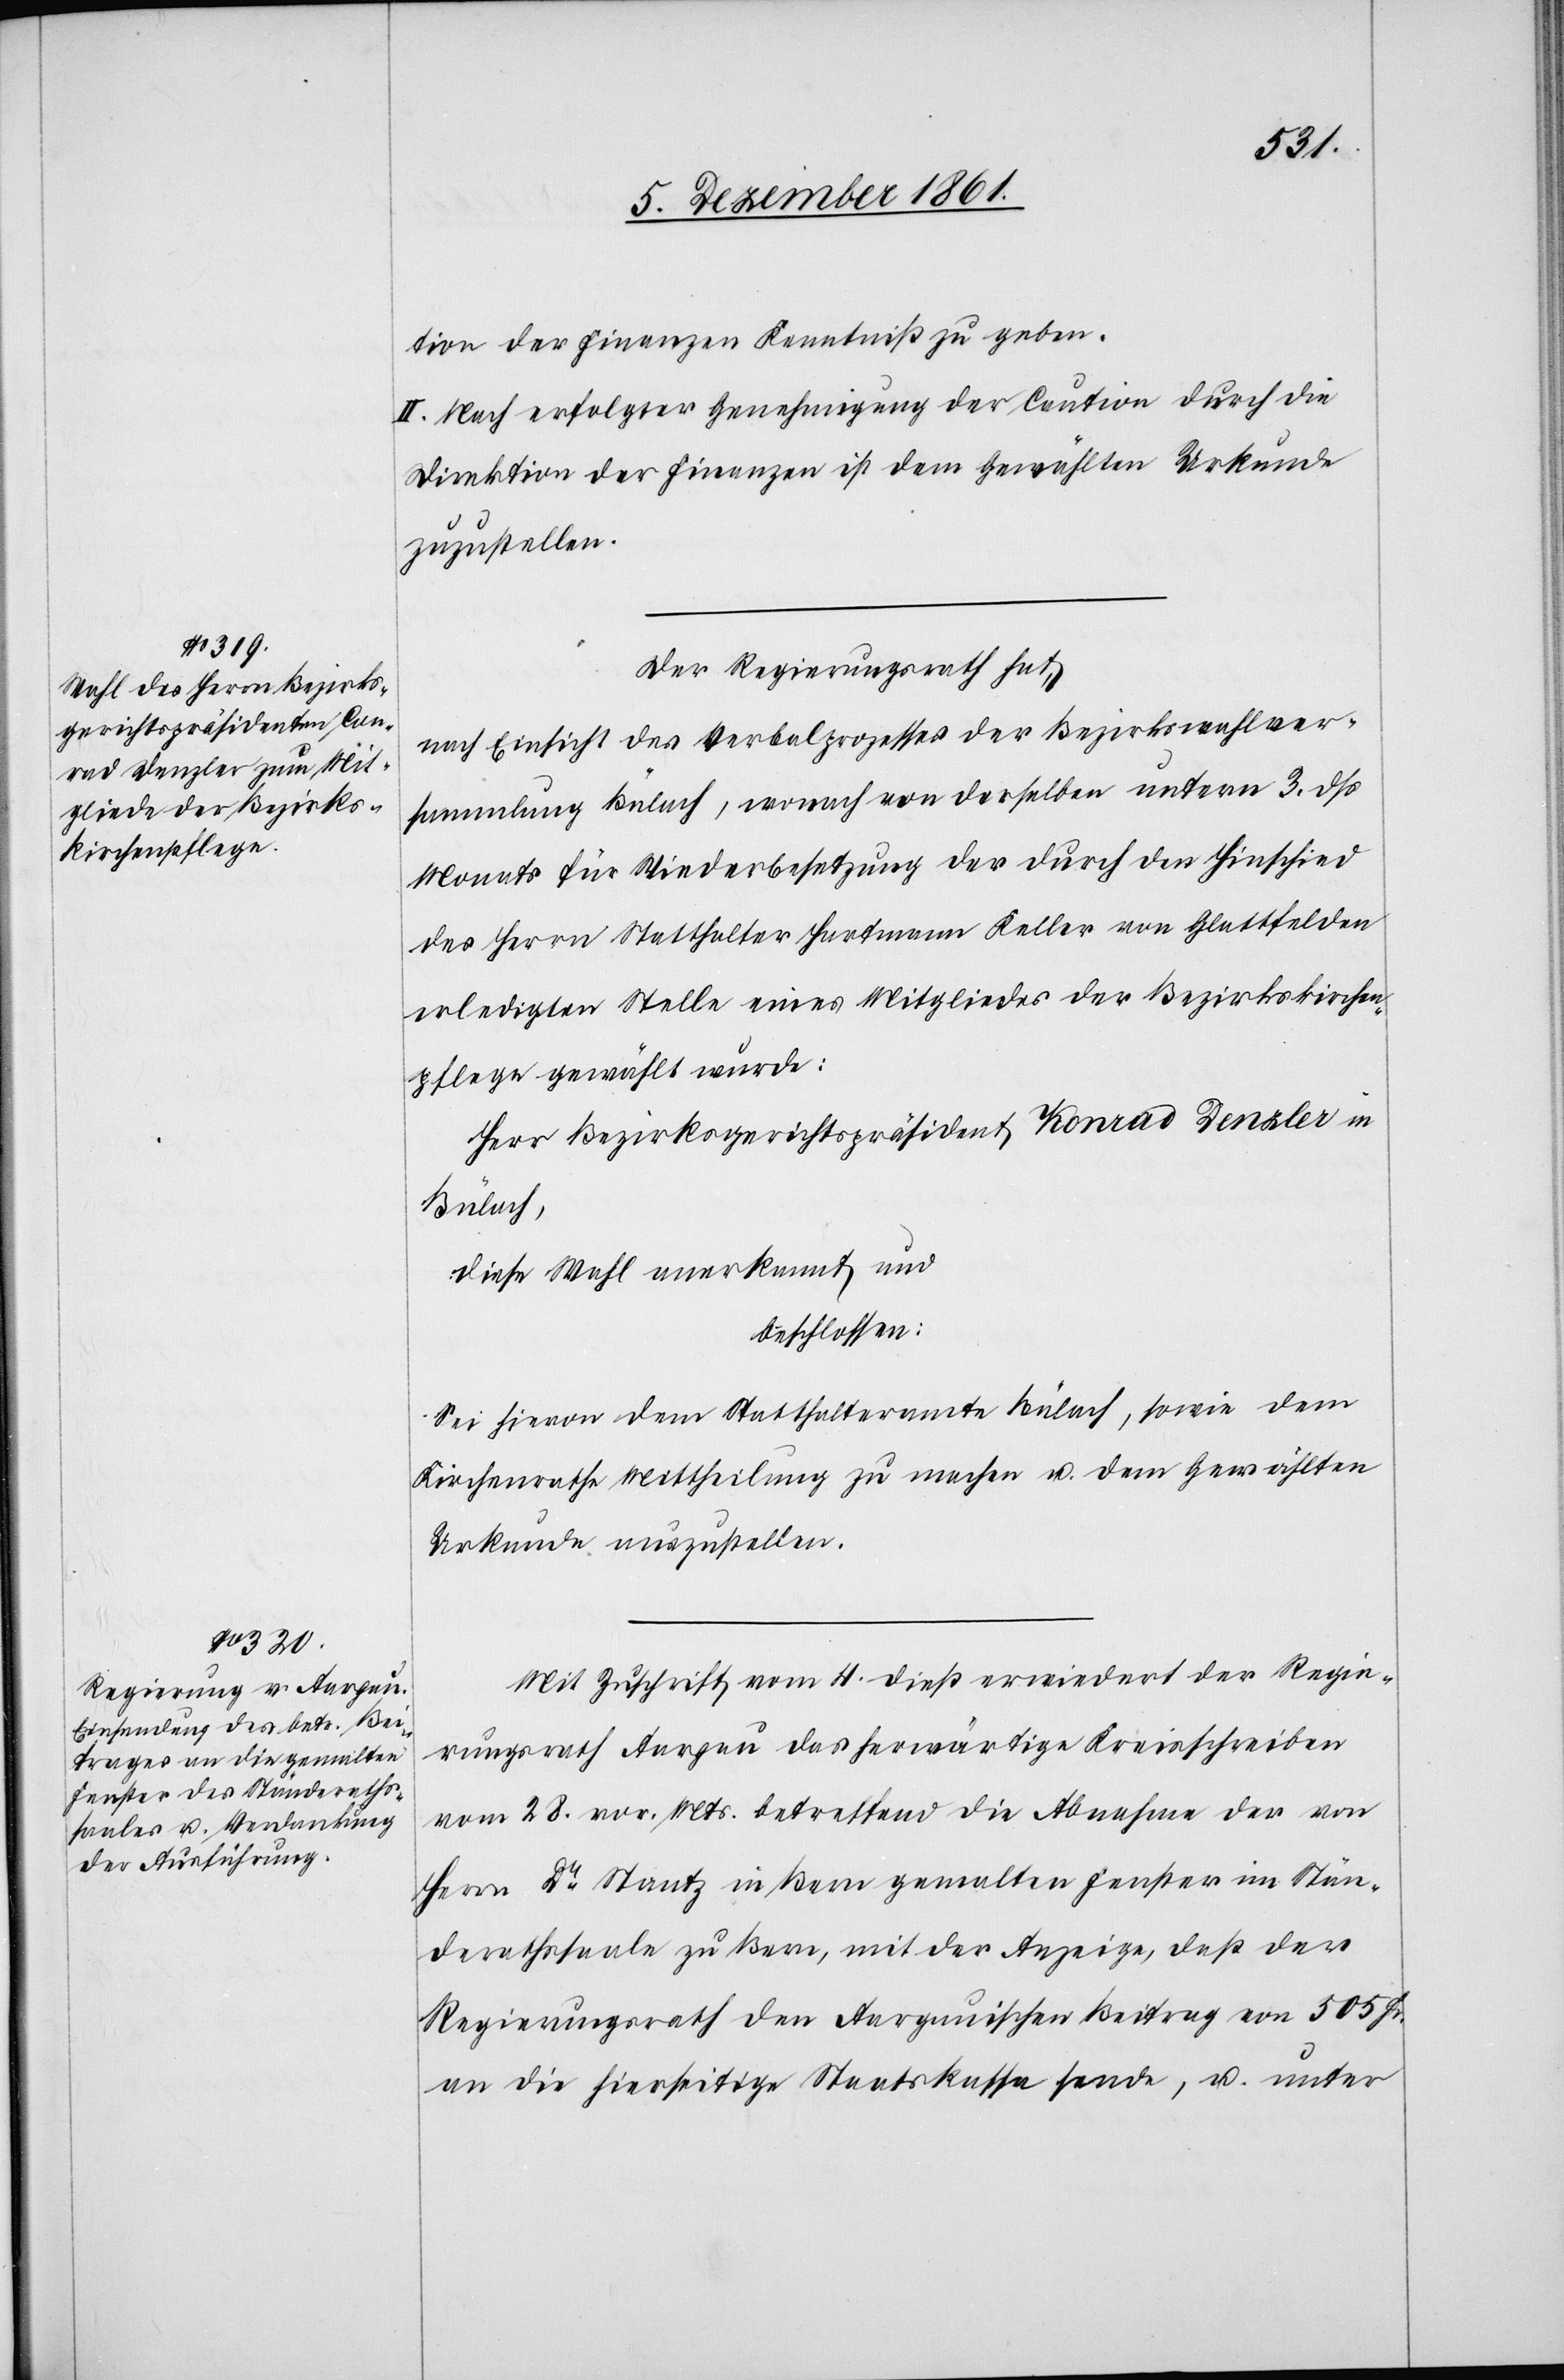
tion der Finanzen Kenntniß zu geben.
II. Nach erfolgter Genehmigung der Caution durch die
Direktion der Finanzen ist dem gewählten Urkunde
zuzustellen.
Der Regierungsrath hat,
nach Einsicht des Verbalprozesses der Bezirkswahlver¬
sammlung Bülach, wonach von derselben unterm 3 dß.
Monats für Wiederbesetzung des durch den Hinschied
des Herrn Statthalter Hartmann Keller von Glattfelden
erledigten Stelle eines Mitgliedes der Bezirkskirchen¬
pflege gewählt wurde:
Herr Bezirksgerichtspräsident Konrad Denzler in
Bülach,
diese Wahl anerkannt und
beschlossen:
Sei hievon dem Statthalteramte Bülach, sowie dem
Kirchenrathe Mittheilung zu machen u. dem Gewählten
Urkunde zuzustellen.
Mit Zuschrift vom 4 dieß erwiedert der Regie¬
rungsrath Aargau das herwärtige Kreisschreiben
vom 28 vor. Mts. betreffend die Abnahme der von
Herrn Dr Stantz in Bern gemalten Fenster im Stän¬
derathssaale zu Bern, mit der Anzeige, daß der
Regierungsrath den Aargauischen Beitrag von 505 Fr.
an die hierseitige Staatskassa sende, u. unter